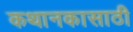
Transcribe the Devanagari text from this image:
कथानकासाठी